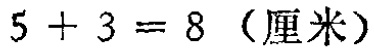
\(5 + 3 = 8 \text{（厘米）}\)